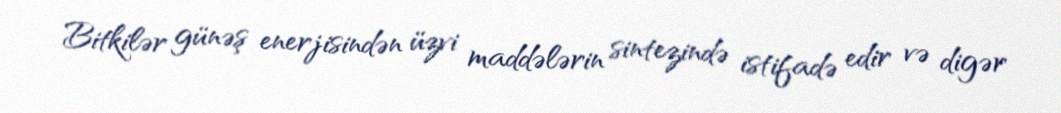
Bitkilər günəş enerjisindən üzvi maddələrin sintezində istifadə edir və digər